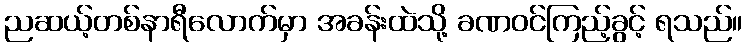
ညဆယ့်တစ်နာရီလောက်မှာ အခန်းထဲသို့ ခဏဝင်ကြည့်ခွင့် ရသည်။